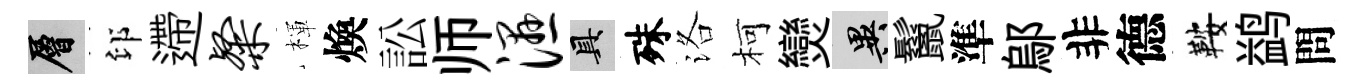
層印遰粲楎煥訟师湿具殊洛柯𤓖异鬣準鄔非德鞍鹢問